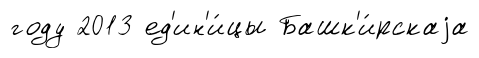
году 2013 ед'ин'и́цы Башк'и́рскаjа